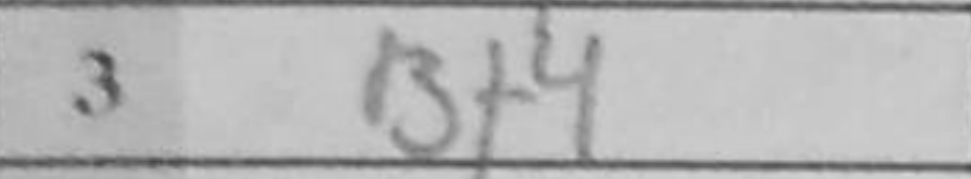
Transcription: Bf4